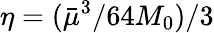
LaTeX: \eta=({\bar{\mu}^{3}}/{64M_{0}})/3